Scottish Leaving Certificate Examination, 1959
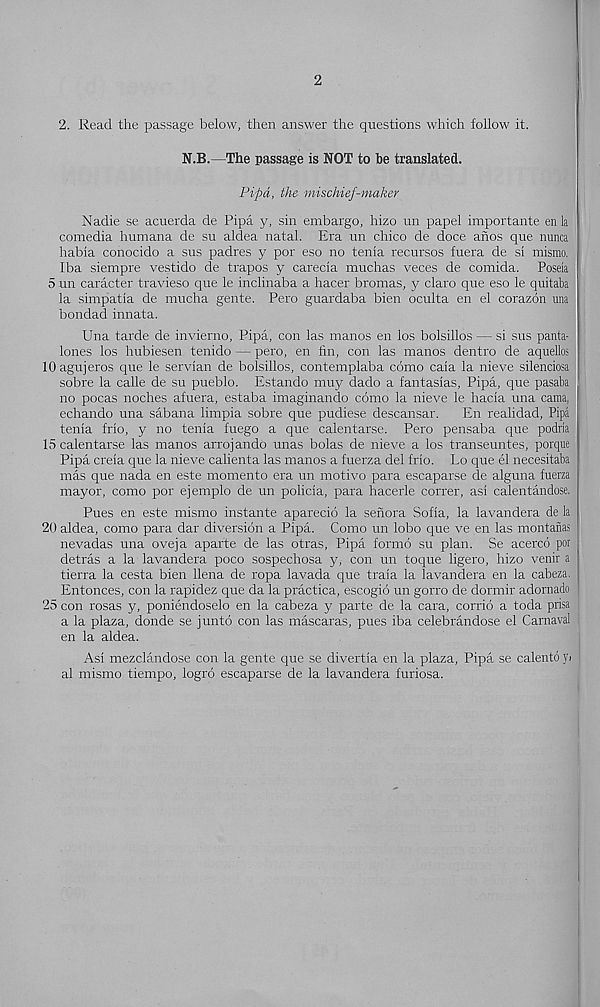
2
2. Read the passage below, then answer the questions which follow it.
N.B.—The passage is NOT to be translated.
Pipd, the mischief-maker
Nadie se acuerda de Pipa y, sin embargo, hizo un papel importante en la
comedia humana de su aldea natal. Era un chico de doce ahos que nunca
habia conocido a sus padres y por eso no tenia recursos fuera de si mismo.
Iba siempre vestido de trapos y carecia muchas veces de comida. Poseia
5 un caracter travieso que le inclinaba a hacer bromas, y claro que eso le quitaba
la simpatia de mucha gente. Pero guardaba bien oculta en el corazon una
bondad innata.
Una tarde de invierno, Pipa, con las manos en los bolsillos — si sus panta-
lones los hubiesen tenido — pero, en fin, con las manos dentro de aquellos
lOagujeros que le Servian de bolsillos, contemplaba como caia la nieve silenciosa
sobre la calle de su pueblo. Estando muy dado a fantasias, Pipa, que pasaba
no pocas noches afuera, estaba imaginando como la nieve le hacia una cama,
echando una sabana limpia sobre que pudiese descansar.
En realidad, Pipa
tenia frio, y no tenia fuego a que calentarse. Pero pensaba que podiia
15 calentarse las manos arrojando unas bolas de nieve a los transeuntes, porque
Pipa creia que la nieve calienta las manos a fuerza del frio. Lo que el necesitaba
mas que nada en este momento era un motivo para escaparse de alguna fuerza
mayor, como por ejemplo de un policia, para hacerle correr, asi calentandose.
Pues en este mismo instante aparecio la senora Sofia, la lavandera de la
20 aldea, como para dar diversion a Pipa. Como un lobo que ve en las montanas
nevadas una oveja aparte de las otras, Pipa formo su plan. Se acercd por
detras a la lavandera poco sospechosa y, con un toque ligero, hizo venir a
tierra la cesta bien llena de ropa lavada que traia la lavandera en la cabeza.
Entonces, con la rapidez que da la practica, escogio un gorro de dormir adornado
25 con rosas y, poniendoselo en la cabeza y parte de la cara, corrio a toda prisa
a la plaza, donde se junto con las mascaras, pues iba celebrandose el Carnaval
en la aldea.
Asi mezclandose con la gente que se divertia en la plaza, Pipa se calento yi
al mismo tiempo, logro escaparse de la lavandera furiosa.